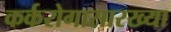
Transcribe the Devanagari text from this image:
कर्करोगासारख्या